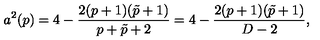
a ^ { 2 } ( p ) = 4 - { \frac { 2 ( p + 1 ) ( \tilde { p } + 1 ) } { p + \tilde { p } + 2 } } = 4 - { \frac { 2 ( p + 1 ) ( \tilde { p } + 1 ) } { D - 2 } } ,